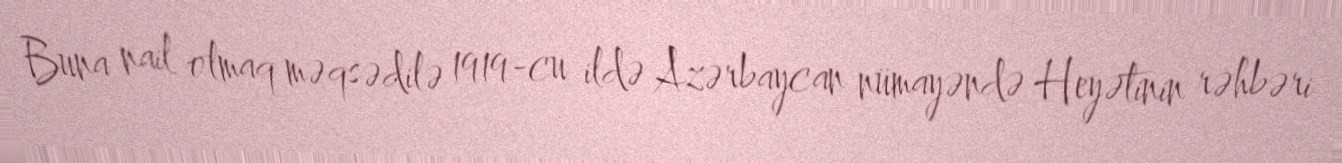
Buna nail olmaq məqsədilə 1919-cu ildə Azərbaycan nümayəndə Heyətinin rəhbəri